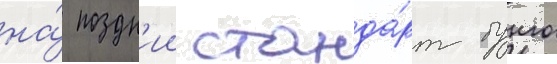
на́ поздн'ии станда́рт бунго